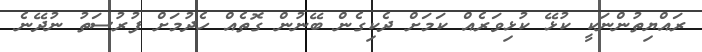
ރައްޔިތުންނަކީ ކުޅޭ ކުޅިވަރެއް ކަމަށް ދެކިގެން ބޭނުން ގޮތެއް ހެދުމަށް ފުރުސަތު ނުދޭނެ